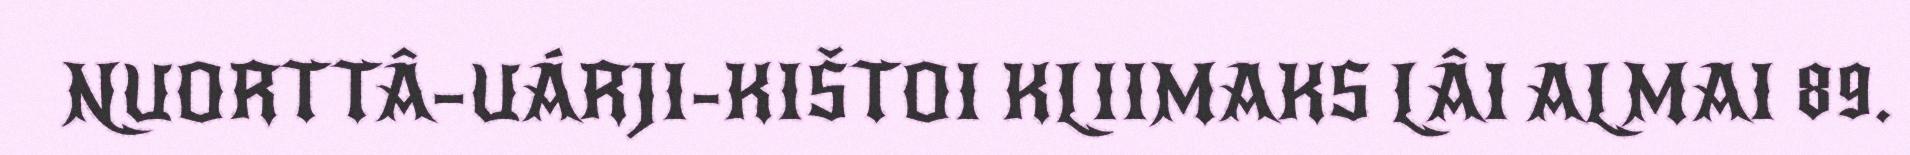
NUORTTÂ–UÁRJI-KIŠTOI KLIIMAKS LÂI ALMAI 89.